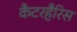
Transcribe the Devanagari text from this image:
कैटरहैरिस